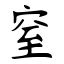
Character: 窒